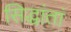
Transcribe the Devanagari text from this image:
सिद्धांतां